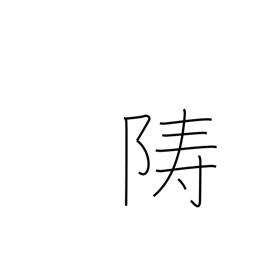
Meaning: island